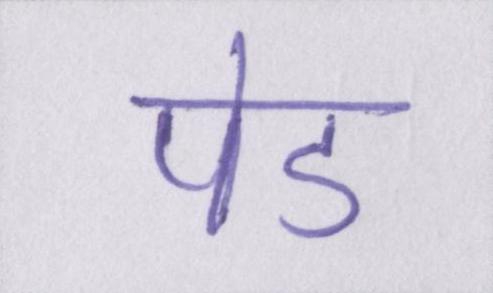
पेड